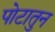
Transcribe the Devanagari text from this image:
पोटातुन